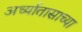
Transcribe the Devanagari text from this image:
अर्ध्यातासाच्या